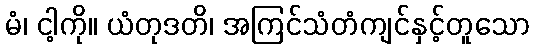
မံ၊ ငါ့ကို။ ယံတုဒတိ၊ အကြင်သံတံကျင်နှင့်တူသော